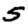
Digit: 5